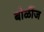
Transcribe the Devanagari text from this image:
बोळींज